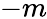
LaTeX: -m